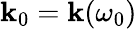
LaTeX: \mathbf{k}_{0}=\mathbf{k}(\omega_{0})